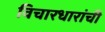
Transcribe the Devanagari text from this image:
विचारधारांची